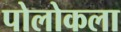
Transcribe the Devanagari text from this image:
पोलोकला